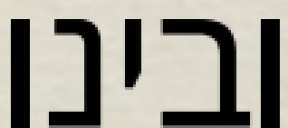
ובינו